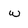
Character: w